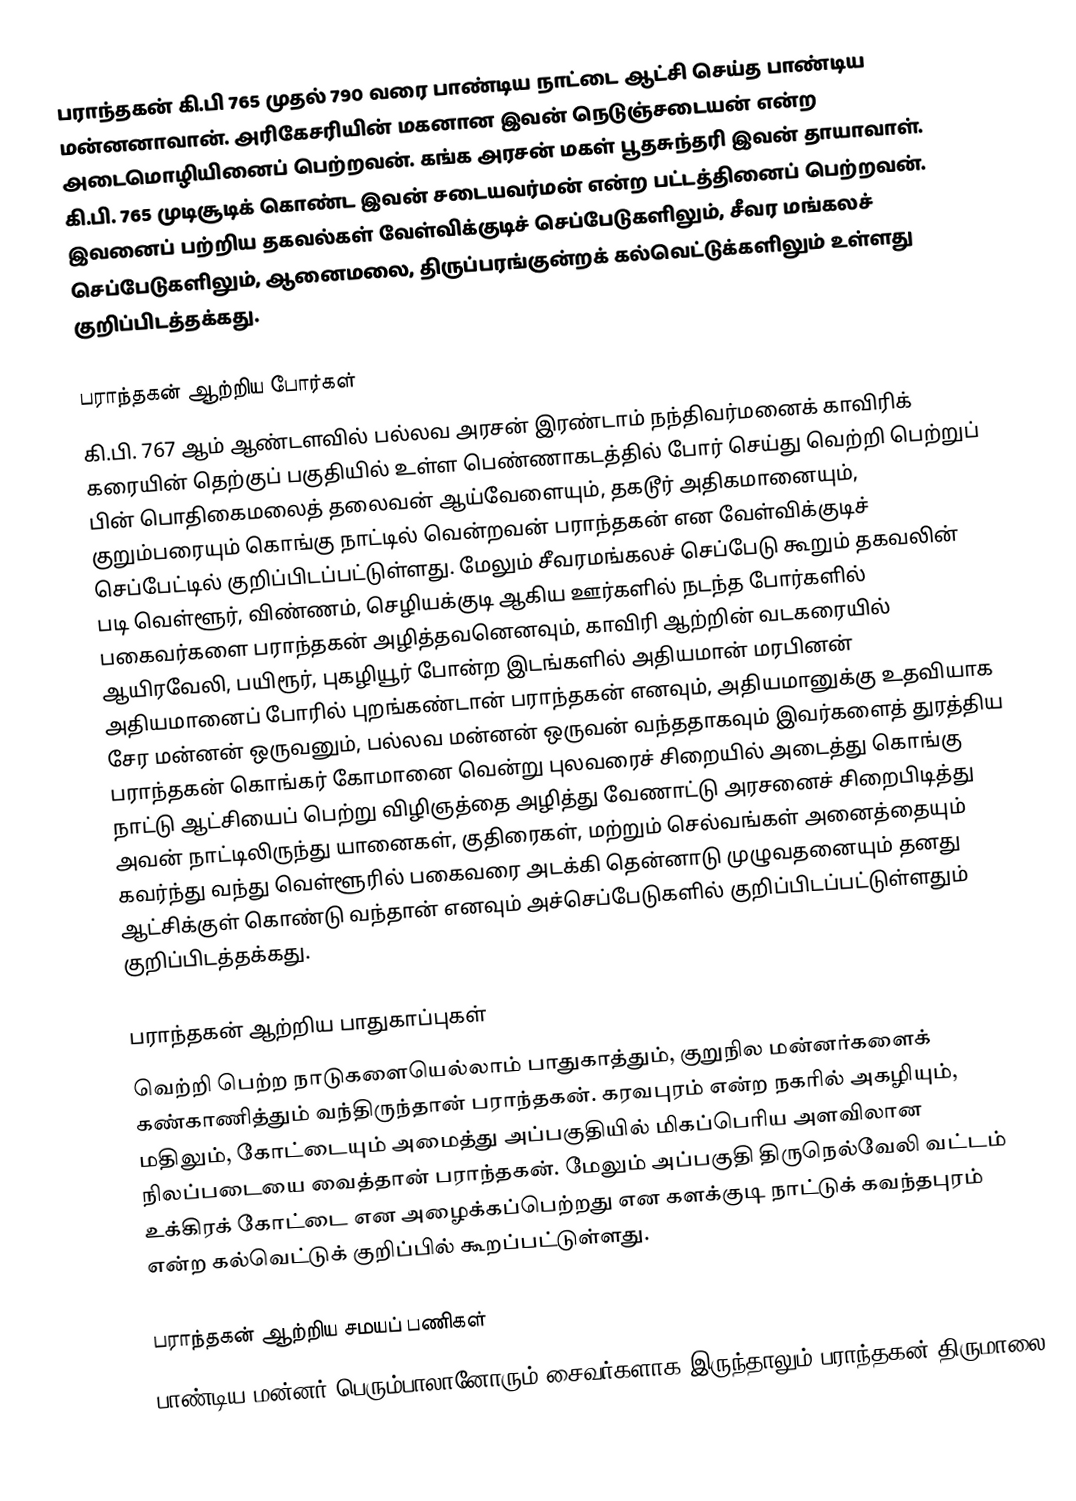
பராந்தகன் கி.பி 765 முதல் 790 வரை பாண்டிய நாட்டை ஆட்சி செய்த பாண்டிய மன்னனாவான். அரிகேசரியின் மகனான இவன் நெடுஞ்சடையன் என்ற அடைமொழியினைப் பெற்றவன். கங்க அரசன் மகள் பூதசுந்தரி இவன் தாயாவாள். கி.பி. 765 முடிசூடிக் கொண்ட இவன் சடையவர்மன் என்ற பட்டத்தினைப் பெற்றவன். இவனைப் பற்றிய தகவல்கள் வேள்விக்குடிச் செப்பேடுகளிலும், சீவர மங்கலச் செப்பேடுகளிலும், ஆனைமலை, திருப்பரங்குன்றக் கல்வெட்டுக்களிலும் உள்ளது குறிப்பிடத்தக்கது.

பராந்தகன் ஆற்றிய போர்கள்
கி.பி. 767 ஆம் ஆண்டளவில் பல்லவ அரசன் இரண்டாம் நந்திவர்மனைக் காவிரிக் கரையின் தெற்குப் பகுதியில் உள்ள பெண்ணாகடத்தில் போர் செய்து வெற்றி பெற்றுப் பின் பொதிகைமலைத் தலைவன் ஆய்வேளையும், தகடூர் அதிகமானையும், குறும்பரையும் கொங்கு நாட்டில் வென்றவன் பராந்தகன் என வேள்விக்குடிச் செப்பேட்டில் குறிப்பிடப்பட்டுள்ளது. மேலும் சீவரமங்கலச் செப்பேடு கூறும் தகவலின் படி வெள்ளூர், விண்ணம், செழியக்குடி ஆகிய ஊர்களில் நடந்த போர்களில் பகைவர்களை பராந்தகன் அழித்தவனெனவும், காவிரி ஆற்றின் வடகரையில் ஆயிரவேலி, பயிரூர், புகழியூர் போன்ற இடங்களில் அதியமான் மரபினன் அதியமானைப் போரில் புறங்கண்டான் பராந்தகன் எனவும், அதியமானுக்கு உதவியாக சேர மன்னன் ஒருவனும், பல்லவ மன்னன் ஒருவன் வந்ததாகவும் இவர்களைத் துரத்திய பராந்தகன் கொங்கர் கோமானை வென்று புலவரைச் சிறையில் அடைத்து கொங்கு நாட்டு ஆட்சியைப் பெற்று விழிஞத்தை அழித்து வேணாட்டு அரசனைச் சிறைபிடித்து அவன் நாட்டிலிருந்து யானைகள், குதிரைகள், மற்றும் செல்வங்கள் அனைத்தையும் கவர்ந்து வந்து வெள்ளூரில் பகைவரை அடக்கி தென்னாடு முழுவதனையும் தனது ஆட்சிக்குள் கொண்டு வந்தான் எனவும் அச்செப்பேடுகளில் குறிப்பிடப்பட்டுள்ளதும் குறிப்பிடத்தக்கது.

பராந்தகன் ஆற்றிய பாதுகாப்புகள்
வெற்றி பெற்ற நாடுகளையெல்லாம் பாதுகாத்தும், குறுநில மன்னர்களைக் கண்காணித்தும் வந்திருந்தான் பராந்தகன். கரவபுரம் என்ற நகரில் அகழியும், மதிலும், கோட்டையும் அமைத்து அப்பகுதியில் மிகப்பெரிய அளவிலான நிலப்படையை வைத்தான் பராந்தகன். மேலும் அப்பகுதி திருநெல்வேலி வட்டம் உக்கிரக் கோட்டை என அழைக்கப்பெற்றது என களக்குடி நாட்டுக் கவந்தபுரம் என்ற கல்வெட்டுக் குறிப்பில் கூறப்பட்டுள்ளது.

பராந்தகன் ஆற்றிய சமயப் பணிகள்
பாண்டிய மன்னர் பெரும்பாலானோரும் சைவர்களாக இருந்தாலும் பராந்தகன் திருமாலை